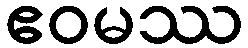
ဧဝမဿ